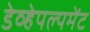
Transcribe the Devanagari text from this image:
डेव्हेपल्पमेंट